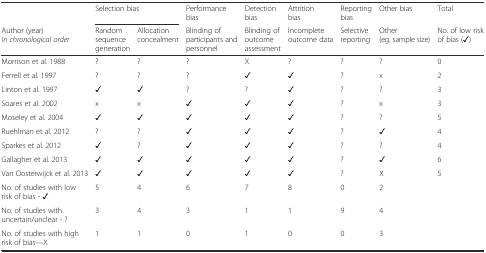
|  | <COLSPAN=2> Selection bias | Performance bias | Detection bias | Attrition bias | Reporting bias | Other bias | Total |
 | Author (year)In chronological order | Random sequence generation | Allocation concealment | Blinding of participants and personnel | Blinding of outcome assessment | Incomplete outcome data | Selective reporting | Other (eg. sample size) | No. of low risk of bias (✓) |
 | --- | --- | --- | --- | --- | --- | --- | --- | --- |
 | Morrison et al. 1988 | ? | ? | ? | X | ? | ? | ? | 0 |
 | Ferrell et al. 1997 | ? | ? | ? | ✓ | ✓ | ? | x | 2 |
 | Linton et al. 1997 | ✓ | ✓ | ? | ? | ✓ | ? | ? | 3 |
 | Soares et al. 2002 | x | x | ✓ | ✓ | ✓ | ? | x | 3 |
 | Moseley et al. 2004 | ✓ | ✓ | ✓ | ✓ | ✓ | ? | ? | 5 |
 | Ruehlman et al. 2012 | ? | ? | ✓ | ✓ | ✓ | ? | ✓ | 4 |
 | Sparkes et al. 2012 | ✓ | ? | ✓ | ✓ | ✓ | ? | ? | 4 |
 | Gallagher et al. 2013 | ✓ | ✓ | ✓ | ✓ | ✓ | ? | ✓ | 6 |
 | Van Oosterwijck et al. 2013 | ✓ | ✓ | ✓ | ✓ | ✓ | ? | X | 5 |
 | No. of studies with low risk of bias - ✓ | 5 | 4 | 6 | 7 | 8 | 0 | 2 |  |
 | No. of studies with uncertain/unclear - ? | 3 | 4 | 3 | 1 | 1 | 9 | 4 |  |
 | No. of studies with high risk of bias—X | 1 | 1 | 0 | 1 | 0 | 0 | 3 |  |